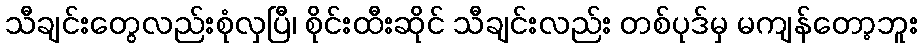
သီချင်းတွေလည်းစုံလှပြီ၊ စိုင်းထီးဆိုင် သီချင်းလည်း တစ်ပုဒ်မှ မကျန်တော့ဘူး